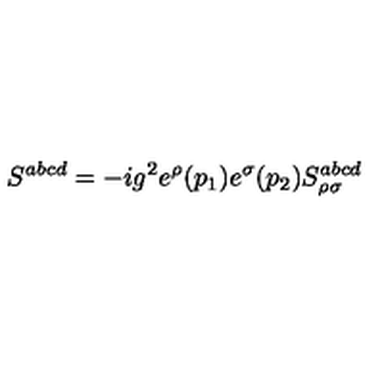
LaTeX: S ^ { a b c d } = - i g ^ { 2 } e ^ { \rho } ( p _ { 1 } ) e ^ { \sigma } ( p _ { 2 } ) S _ { \rho \sigma } ^ { a b c d }